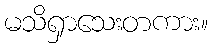
မသိရှာသေးတကား။